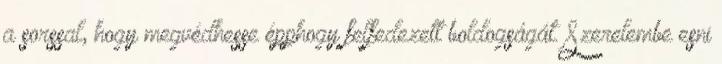
a sorssal, hogy megvédhesse épphogy felfedezett boldogságát. Szerelembe esni